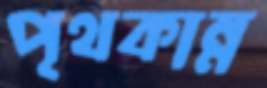
পৃথকান্ন